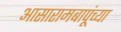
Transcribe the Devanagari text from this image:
आसारामबापूंच्या